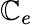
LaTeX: \mathbb{C}_{e}